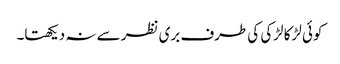
کوئی لڑکا لڑکی کی طرف بری نظر سے نہ دیکھتا۔